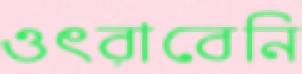
ওৎরাবেনি